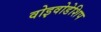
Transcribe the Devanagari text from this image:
वोइवोडेशिप